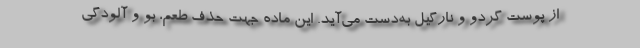
از پوست گردو و نارگیل به‌دست می‌آید. این ماده جهت حذف طعم، بو و آلودگی